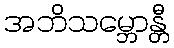
အဘိသမ္ဘောန္တီ